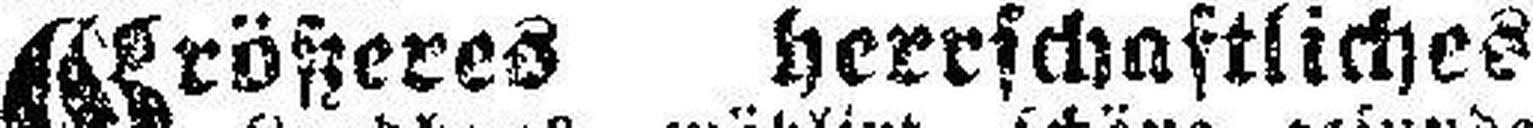
Größeres herrschaftliches